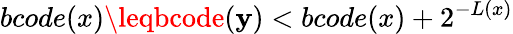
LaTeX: bcode(x)\leqbcode(\mathbf{y})<bcode(x)+2^{-L(x)}